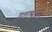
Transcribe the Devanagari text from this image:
यथाश्रुतम्